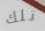
تلك